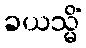
ခယသ္မိံ